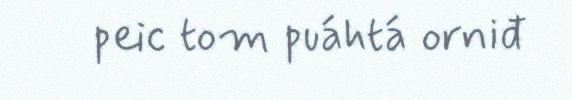
peic tom puáhtá orniđ